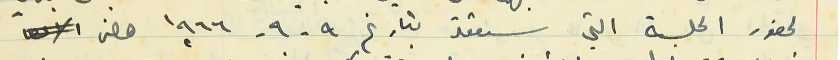
لحضور الجلسة التي ستعقد بتاريخ ٩-٩- ١٩٦٦ حضر